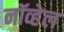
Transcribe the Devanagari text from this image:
नॉव्हेल